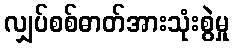
လျှပ်စစ်ဓာတ်အားသုံးစွဲမှု